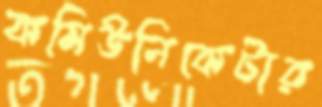
কমিউনিকেটার